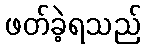
ဖတ်ခဲ့ရသည်